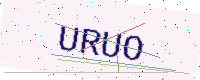
Text: URUO